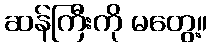
ဆန်ကြီးကို မတွေ့။